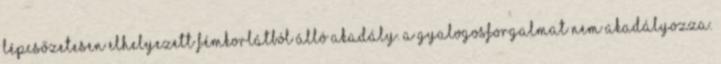
lépcsőzetesen elhelyezett fémkorlátból álló akadály. A gyalogosforgalmat nem akadályozza.